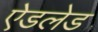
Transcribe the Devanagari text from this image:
ऐडलेड